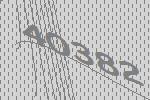
40382